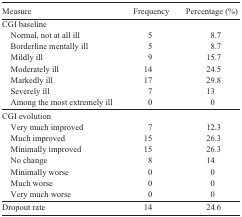
<table><thead><tr><td><b>Measure</b></td><td><b>Frequency</b></td><td><b>Percentage (%)</b></td></tr></thead><tbody><tr><td>CGI baseline</td><td></td><td></td></tr><tr><td>Normal, not at all ill</td><td>5</td><td>8.7</td></tr><tr><td>Borderline mentally ill</td><td>5</td><td>8.7</td></tr><tr><td>Mildly ill</td><td>9</td><td>15.7</td></tr><tr><td>Moderately ill</td><td>14</td><td>24.5</td></tr><tr><td>Markedly ill</td><td>17</td><td>29.8</td></tr><tr><td>Severely ill</td><td>7</td><td>13</td></tr><tr><td>Among the most extremely ill</td><td>0</td><td>0</td></tr><tr><td>CGI evolution</td><td></td><td></td></tr><tr><td>Very much improved</td><td>7</td><td>12.3</td></tr><tr><td>Much improved</td><td>15</td><td>26.3</td></tr><tr><td>Minimally improved</td><td>15</td><td>26.3</td></tr><tr><td>No change</td><td>8</td><td>14</td></tr><tr><td>Minimally worse</td><td>0</td><td>0</td></tr><tr><td>Much worse</td><td>0</td><td>0</td></tr><tr><td>Very much worse</td><td>0</td><td>0</td></tr><tr><td>Dropout rate</td><td>14</td><td>24.6</td></tr></tbody></table>